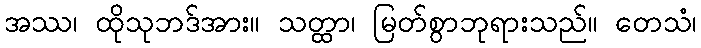
အဿ၊ ထိုသုဘဒ်အား။ သတ္ထာ၊ မြတ်စွာဘုရားသည်။ တေသံ၊